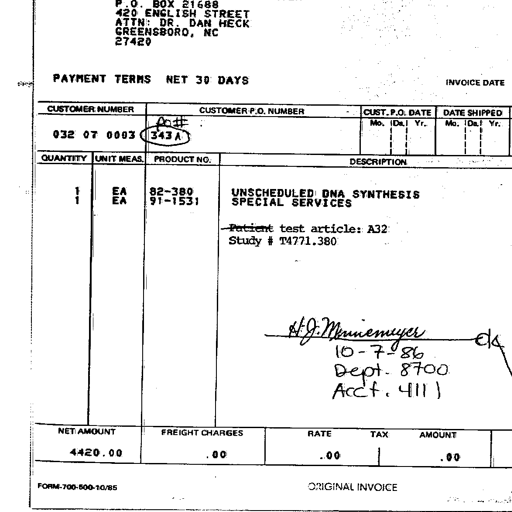
P.O. BOX 21688
420 ENGLISH STREET
ATTN: DR. DAN HECK
GREENSBORO, NC
27420

PAYMENT TERMS NET 30 DAYS	INVOICE DATE

CUSTOMER NUMBER	CUSTOMER P.O. NUMBER	CUST. P.O. DATE	DATE SHIPPED
032 07 0003 PO# 343A Mo. | Da. | Yr.	Mo. | Da. | Yr.

QUANTITY UNIT MEAS. PRODUCT NO. DESCRIPTION
1 EA 82-380 UNSCHEDULED DNA SYNTHESIS
1 EA 91-1531 SPECIAL SERVICES

Patient test article: A32
Study # T4771.380

H. J. Mennimeyer
10-7-86
Dept. 8700
Acct. 4111

NET AMOUNT FREIGHT CHARGES RATE TAX AMOUNT
4420.00 .00 .00 .00

FORM-700-500-10/85 ORIGINAL INVOICE